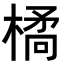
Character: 𭫜